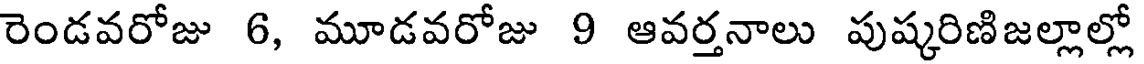
రెండవరోజు 6, మూడవరోజు 9 ఆవర్తనాలు పుష్కరిణిజల్లాల్లో